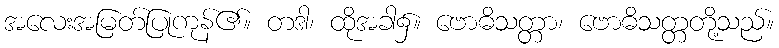
အလေးအမြတ်ပြုကုန်၏။ တဒါ၊ ထိုအခါ၌။ ဗောဓိသတ္တာ၊ ဗောဓိသတ္တတို့သည်။